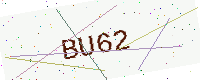
Text: BU62